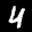
Label: 4